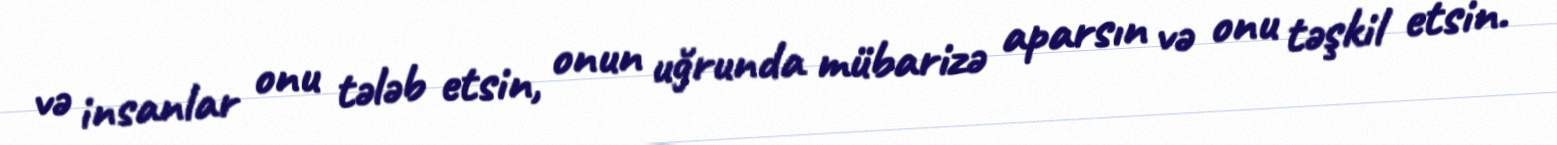
və insanlar onu tələb etsin, onun uğrunda mübarizə aparsın və onu təşkil etsin.